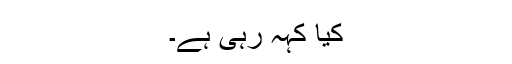
کیا کہہ رہی ہے۔